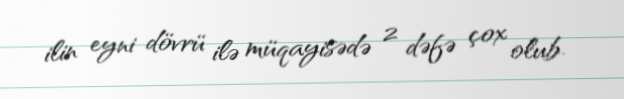
ilin eyni dövrü ilə müqayisədə 2 dəfə çox olub.